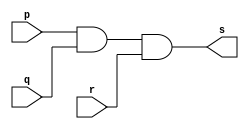
// Exercicio08 - AND3entradas
// Nome: Luiz Henrique da Costa Silva

// -- and 3entradas gate

module and3entradasgate (output s, input p, input q, input r);
	assign s = p & q & r;

endmodule			//and3entradasgate

// -- test and 3entradas gate

module testand3entradasgate;
					//dados locais

	reg a, b, c;		//definir registradores
	
	wire s;		//definir conexao (fio)

					//instancia
	and3entradasgate AND3ENTRADAS1 (s, a, b, c);
					//preparacao
	initial begin:start
		a=0; b=0; c=0;	//atribuicao simultanea dos valores iniciais
	end
					//parte principal
					
	initial begin
		$display("Exercicio08 - Luiz Henrique da Costa Silva - 449800");
		$display("Test AND 3entradas gate:");
		$display("\n a & b & c = s \n");
		$monitor("%b ^ %b ^ %b = %b", a, b, c, s);
		#1 a = 0; b = 0; c = 0;
		#1 a = 0; b = 0; c = 1;
		#1 a = 0; b = 1; c = 0;
		#1 a = 0; b = 1; c = 1;
		#1 a = 1; b = 0; c = 0;
		#1 a = 1; b = 0; c = 1;
		#1 a = 1; b = 1; c = 0;
		#1 a = 1; b = 1; c = 1;

	end
endmodule //testand3entradasgate